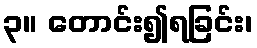
၃။ တောင်း၍ရခြင်း၊